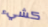
كشيء